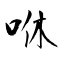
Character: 咻